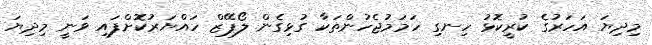
މިދިޔަ އަހަރުގެ ކުރީކޮޅު ހިނގި ހަމަމުޖެހުންތަކާ ގުޅިގެން ލޯޕޭޒް ހައްޔަރުކޮށްފައި ވަނީ މިދިޔަ